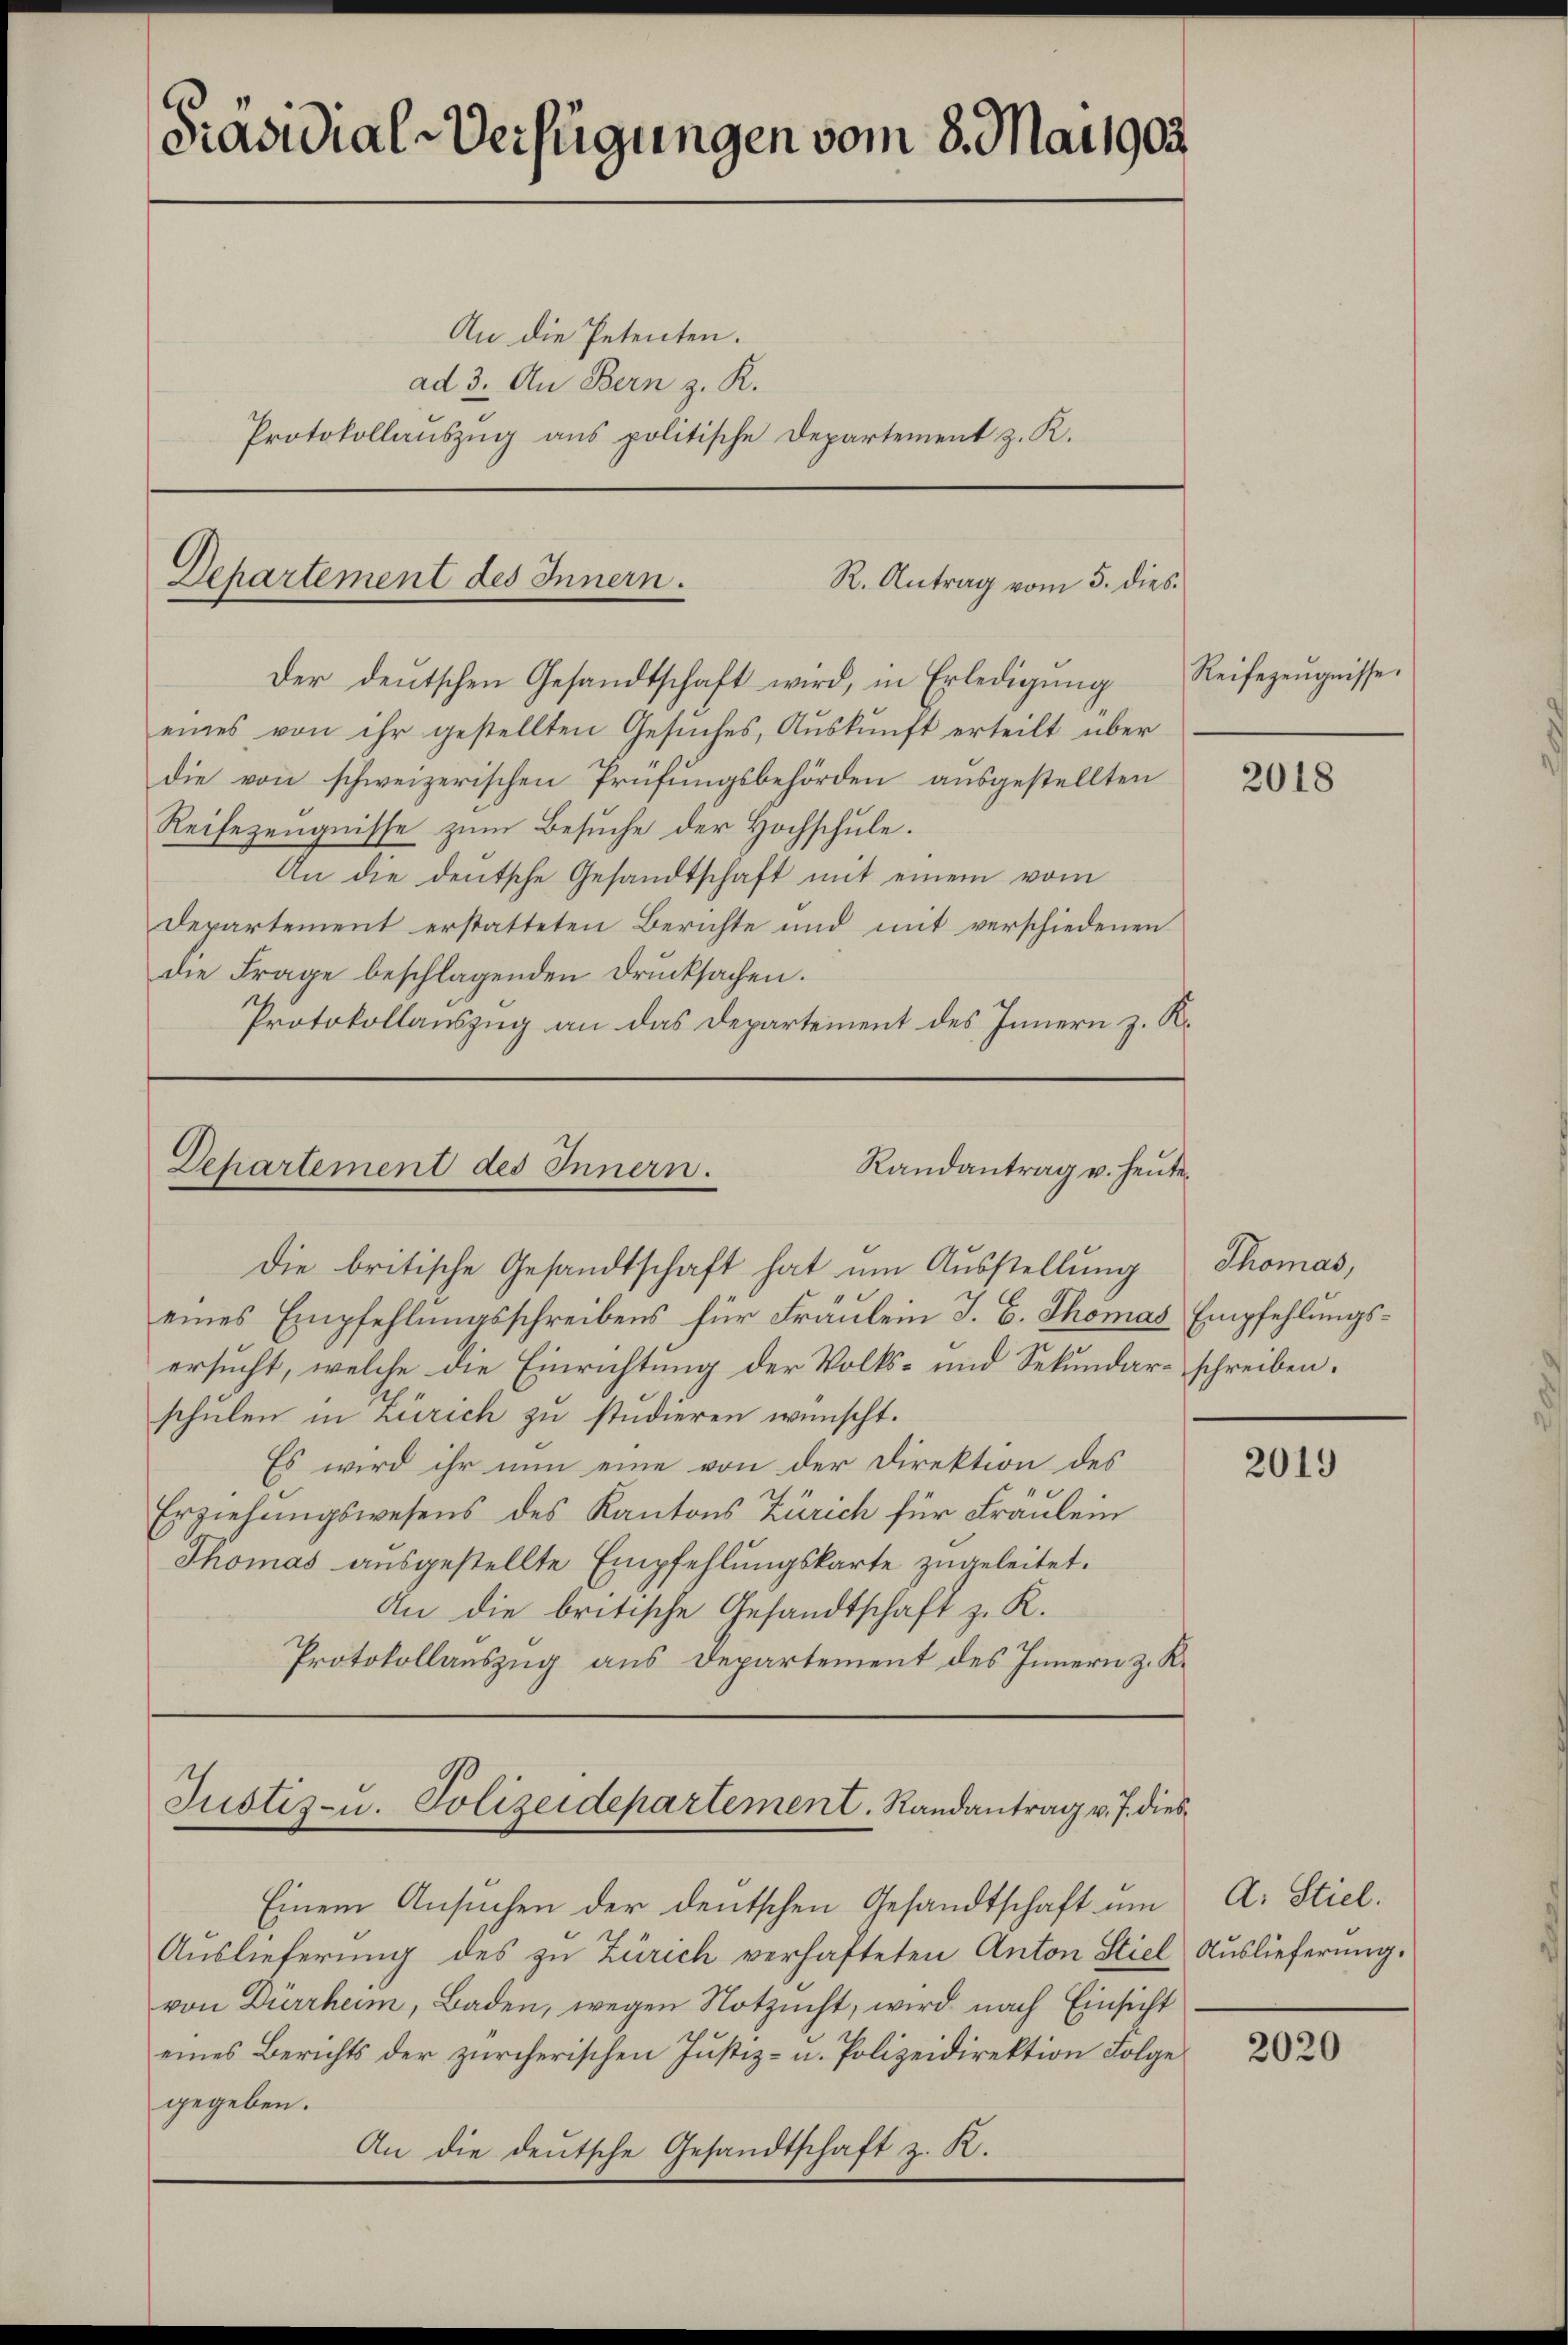
Präsidial-Verfügungen vom 8. Mai 1903.

An die Petenten.
ad 3. An Bern z. R.
Protokollauszug aus politische Departement z. K.

Departement des Innern.
R. Antrag vom 5. dies

Der deutschen Gesandtschaft wird, in Erledigŭng Reisezeŭgnisse.
eines von ihr gestellten Gesuches, Auskunft erteilt über
die von schweizerischen Prüfungsbehörden ausgestellten
Reifezeugnisse zum Besuche der Hochschule.
An die deutsche Gesandtschaft mit einem vom
Departement erstatteten Berichte und mit verschiedenen
die Frage beschlagenden Drucksachen.
Protokollauszug an das Departement des Innern z. R.

Randantrag u. heute.
Dehartement des Innern.

die britische Gesandtschaft hat um Ausstellung Thomas,
eines Empfehlungsschreibens für Fräulein J. C. Thomas Empfehlungsersucht, welche die Einrichtung der Volks- und Sekundarschreiben.
schulen in Zürich zu studieren wünscht.
Es wird ihr nun eine von der Direktion des
Erziehungswesens des Kantons Zürich für Fräulein
Thomas ausgestellte Empfehlungskarte zugeleitet.
An die britische Gesandtschaft z. R.
Protokollauszug aus Departement des Innern z. R.

Justis-u. Polizeidepartement. Randantrag v. J. dies¬

Einem Ansuchen der deutschen Gesandtschaft um
Auslieferung des zu Zürich verhafteten Anton Stiel
von Dürrheim, Baden, wegen Notzucht, wird nach Einsicht
eines Berichts der zürcherischen Justiz- u. Polizeidirektion Folge
gegeben.
An die deutsche Gesandtschaft z. R.

2018

2019

A: Stiel.
Auslieferung.

2020